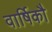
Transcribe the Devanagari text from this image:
वार्षिकौ